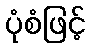
ပုံစံဖြင့်